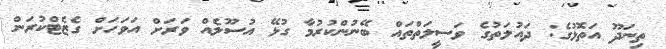
ތިނަދޫ އަތޮޅުގެ: ދައުލަތުގެ ވަސީލަތްތައް ބޭނުންކުރުމާ ގުޅޭ އުސޫލެއް ވަރަށް އަަވަހަށް ގެޒެޓްކުރަން